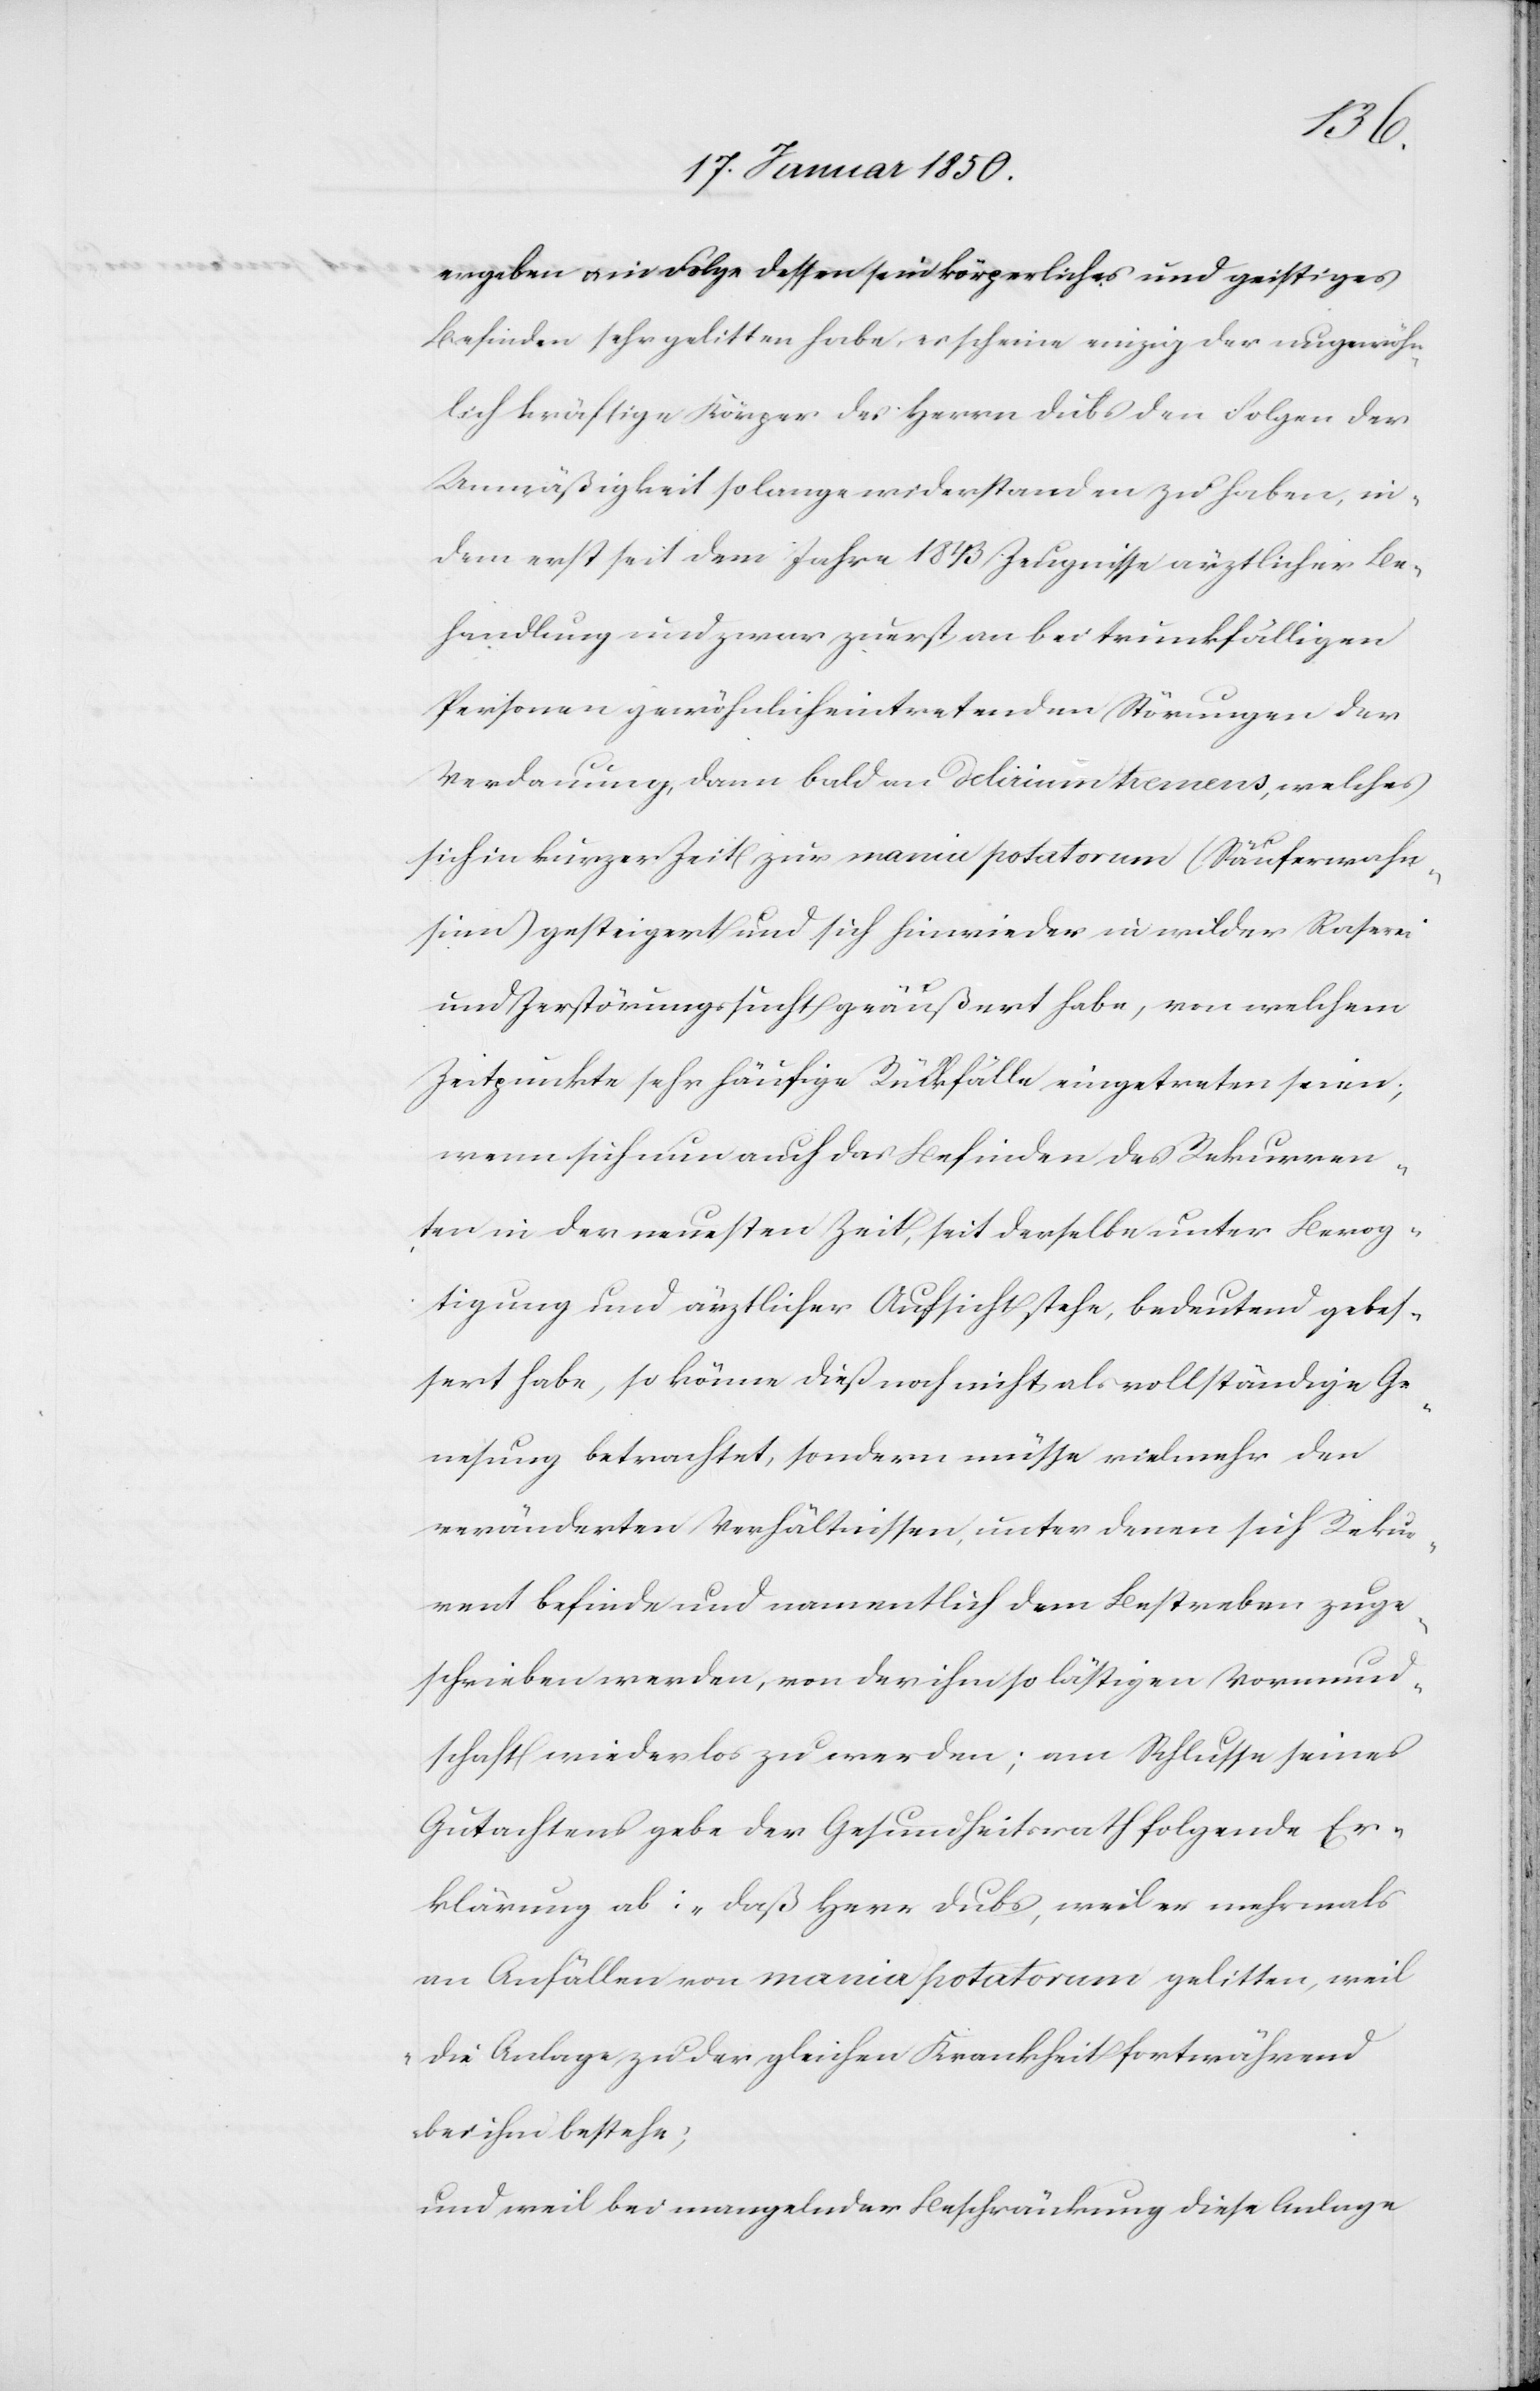
ergeben u. in Folge dessen sein körperliches und geistiges
Befinden sehr gelitten habe, es scheine einzig der ungewöhn¬
lich kräftige Körper des Herrn Dubs den Folgen der
Unmäßigkeit so lange widerstanden zu haben, in¬
dem erst seit dem Jahr 1843 Zeugnisse ärztlicher Be¬
handlung und zwar zuerst an bei trunkfälligen
Personen gewöhnlich eintretenden Störungen der
Verdauung, dann bald an delirium tremens, welches
sich in kurzer Zeit zur mania potatorum (Säuferwahn¬
sinn) gesteigert und sich hinwieder in wilder Raserei
und Zerstörungssucht geäußert habe, von welchem
Zeitpunkte sehr häufige Rückfälle eingetreten seien;
wenn sich nun auch das Befinden des Rekurren¬
ten in der neuesten Zeit, seit derselbe unter Bevog¬
tigung und ärztlicher Aufsicht stehe, bedeutend gebes¬
sert habe, so könne dieß noch nicht als vollständige Ge¬
nesung betrachtet, sondern müsse vielmehr den
veränderten Verhältnissen, unter denen sich Rekur¬
rent befinde und namentlich dem Bestreben zuge¬
schrieben werden, von der ihm so lästigen Vormund¬
schaft wieder los zu werden; am Schlusse seines
Gutachtens gebe der Gesundheitsrath folgende Er¬
klärung ab: „Daß Herr Dubs, weil er mehrmals
an Anfällen von mania potatorum gelitten, weil
die Anlage zu der gleichen Krankheit fortwährend
bei ihm bestehe;
und weil bei mangelnder Beschränkung diese Anlage